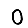
Digit: 0